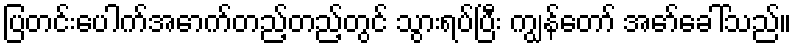
ပြတင်းပေါက်အောက်တည့်တည့်တွင် သွားရပ်ပြီး ကျွန်တော် အော်ခေါ်သည်။